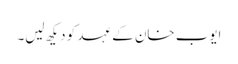
ایوب خان کے عہد کو دیکھ لیں۔